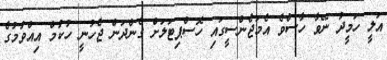
އަލީ ހަމީދު ނޭވާ ހާސްވެ އެމަޖެންސީގައި ހޮސްޕިޓަލަށް ގެންދަން ޖެހުނީ ހުކުމް އިއްވުމުގެ